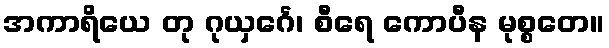
အကာရိယေ တု ဂုယှင်္ဂေ၊ စီရေ ကောပီန မုစ္စတေ။